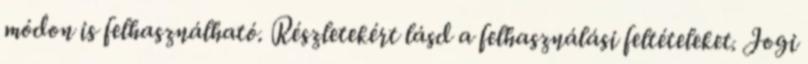
módon is felhasználható. Részletekért lásd a felhasználási feltételeket. Jogi